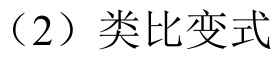
（2）类比变式